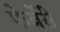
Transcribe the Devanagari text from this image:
फेर्बेरी